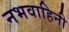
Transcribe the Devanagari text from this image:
नभवाहिनी